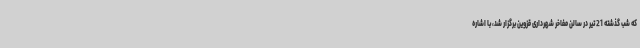
که شب گذشته 21 تیر در سالن مفاخر شهرداری قزوین برگزار شد، با اشاره